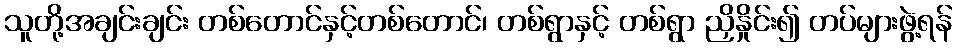
သူတို့အချင်းချင်း တစ်တောင်နှင့်တစ်တောင်၊ တစ်ရွာနှင့် တစ်ရွာ ညှိနှိုင်း၍ တပ်များဖွဲ့ရန်